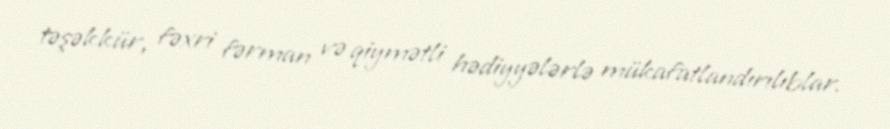
təşəkkür, fəxri fərman və qiymətli hədiyyələrlə mükafatlandırılıblar.